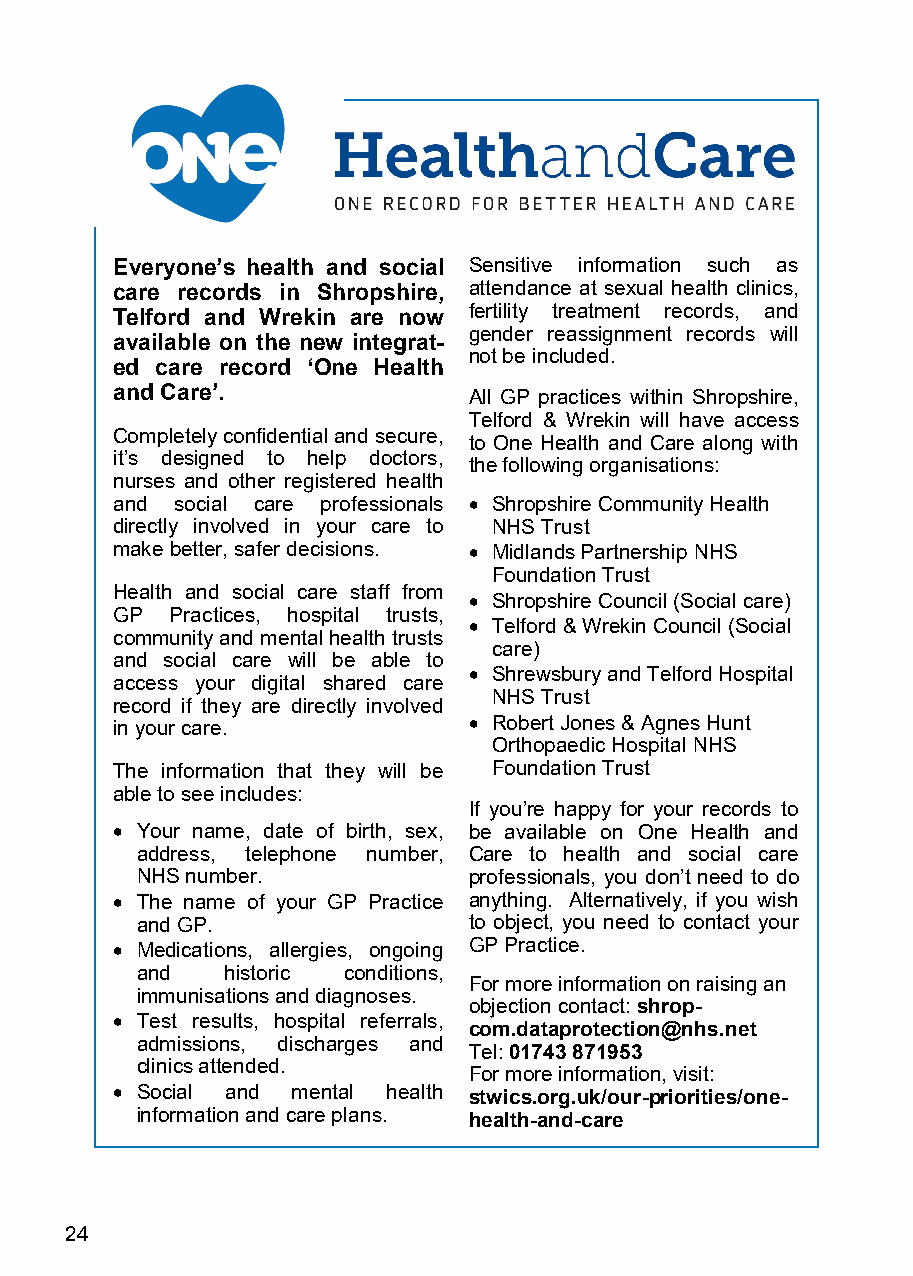
Everyone’s health and social Sensitive information such as
 care records in Shropshire, attendance at sexual health clinics,
 Telford and Wrekin are now fertility treatment records, and
 gender reassignment records will
 available on the new integrat-
 not be included.
 ed care record ‘One Health
 and Care’.
 All GP practices within Shropshire,
 Telford & Wrekin will have access
 Completely confidential and secure,
 to One Health and Care along with
 it’s designed to help doctors,
 the following organisations:
 nurses and other registered health
 and social care professionals • Shropshire Community Health
 directly involved in your care to NHS Trust
 make better, safer decisions. • Midlands Partnership NHS
 Foundation Trust
 Health and social care staff from
 • Shropshire Council (Social care)
 GP Practices, hospital trusts,
 • Telford & Wrekin Council (Social
 community and mental health trusts
 care)
 and social care will be able to
 • Shrewsbury and Telford Hospital
 access your digital shared care
 NHS Trust
 record if they are directly involved
 in your care.          • Robert Jones & Agnes Hunt
 Orthopaedic Hospital NHS
 The information that they will be Foundation Trust
 able to see includes:
 If you’re happy for your records to
 • Your name, date of birth, sex, be available on One Health and
 address, telephone number, Care to health and social care
 NHS number.           professionals, you don’t need to do
 • The name of your GP Practice anything. Alternatively, if you wish
 and GP.               to object, you need to contact your
 • Medications, allergies, ongoing GP Practice.
 and   historic conditions,
 For more information on raising an
 immunisations and diagnoses.
 objection contact: shrop-
 • Test results, hospital referrals,
 com.dataprotection@nhs.net
 admissions, discharges and
 Tel: 01743 871953
 clinics attended.
 For more information, visit:
 • Social and mental health stwics.org.uk/our-priorities/one-
 information and care plans. health-and-care
 24